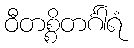
ဝီတစ္စိတင်္ဂါရံ